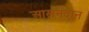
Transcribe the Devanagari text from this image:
आसनदान